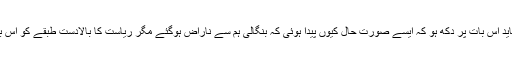
ہم جیسے شہریوں کو تو شاید اس بات پر دکھ ہو کہ ایسے صورت حال کیوں پیدا ہوئی کہ بنگالی ہم سے ناراض ہوگئے مگر ریاست کا بالادست طبقے کو اس بات پر کوئی دکھ نہیں ہے۔